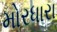
મોરધારા